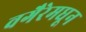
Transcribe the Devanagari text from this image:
वगैरेमधून